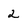
Character: 2